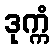
ဒုက္ကံ